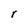
Character: r